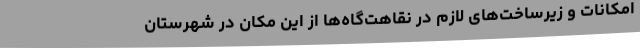
امکانات و زیرساخت‌های لازم در نقاهت‌گاه‌ها از این مکان در شهرستان